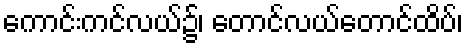
ကောင်းကင်လယ်၌၊ တောင်လယ်တောင်ထိပ်၊